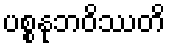
ပစ္စနုဘဝိဿတိ